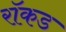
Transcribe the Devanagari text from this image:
रॉकड